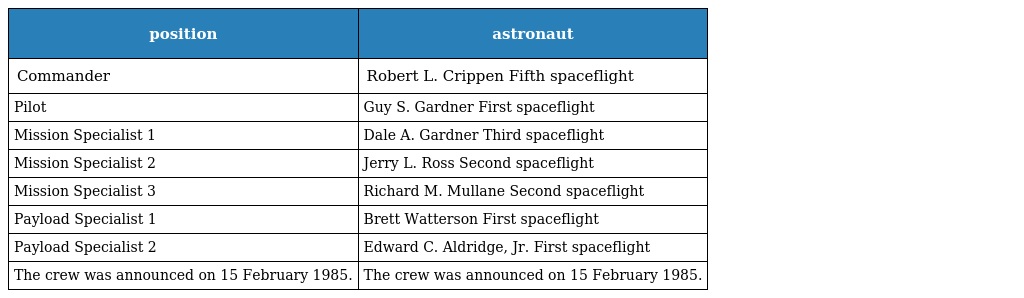
| position | astronaut |
 | --- | --- |
 | Commander | Robert L. Crippen Fifth spaceflight |
 | Pilot | Guy S. Gardner First spaceflight |
 | Mission Specialist 1 | Dale A. Gardner Third spaceflight |
 | Mission Specialist 2 | Jerry L. Ross Second spaceflight |
 | Mission Specialist 3 | Richard M. Mullane Second spaceflight |
 | Payload Specialist 1 | Brett Watterson First spaceflight |
 | Payload Specialist 2 | Edward C. Aldridge, Jr. First spaceflight |
 | The crew was announced on 15 February 1985. | The crew was announced on 15 February 1985. |